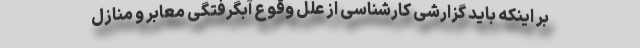
بر اینکه باید گزارشی کارشناسی از علل وقوع آبگرفتگی معابر و منازل